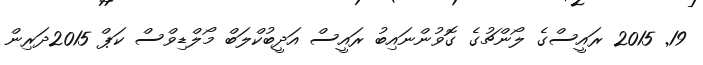
19